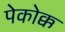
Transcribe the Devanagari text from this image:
पेकोक्क